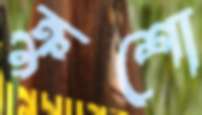
ক্রুশো